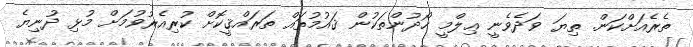
ތެރެއަށްކަން. ތިޔަ ވަދެވެނީ ޢިލްމީ ހޯދުންތަކުން ޤައުމުތައް ތަރައްޤީކޮށް ކުރިއެރުވުމަށް މުޅި ދުނިޔެ